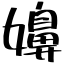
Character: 嬶